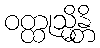
ဝတ္ထုသ္မိန္တိ